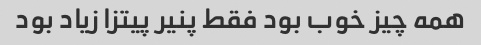
همه چیز خوب بود فقط پنیر پیتزا زیاد بود